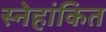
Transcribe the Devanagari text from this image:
स्नेहांकित